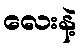
လေးနဲ့